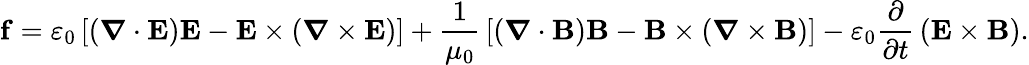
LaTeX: \mathbf{f}=\varepsilon_{0}\left[({\boldsymbol{\nabla}}\cdot\mathbf{E})\mathbf{E}-\mathbf{E}\times({\boldsymbol{\nabla}}\times\mathbf{E})\right]+{\frac{1}{\mu_{0}}}\left[({\boldsymbol{\nabla}}\cdot\mathbf{B})\mathbf{B}-\mathbf{B}\times\left({\boldsymbol{\nabla}}\times\mathbf{B}\right)\right]-\varepsilon_{0}{\frac{\partial}{\partial t}}\left(\mathbf{E}\times\mathbf{B}\right).